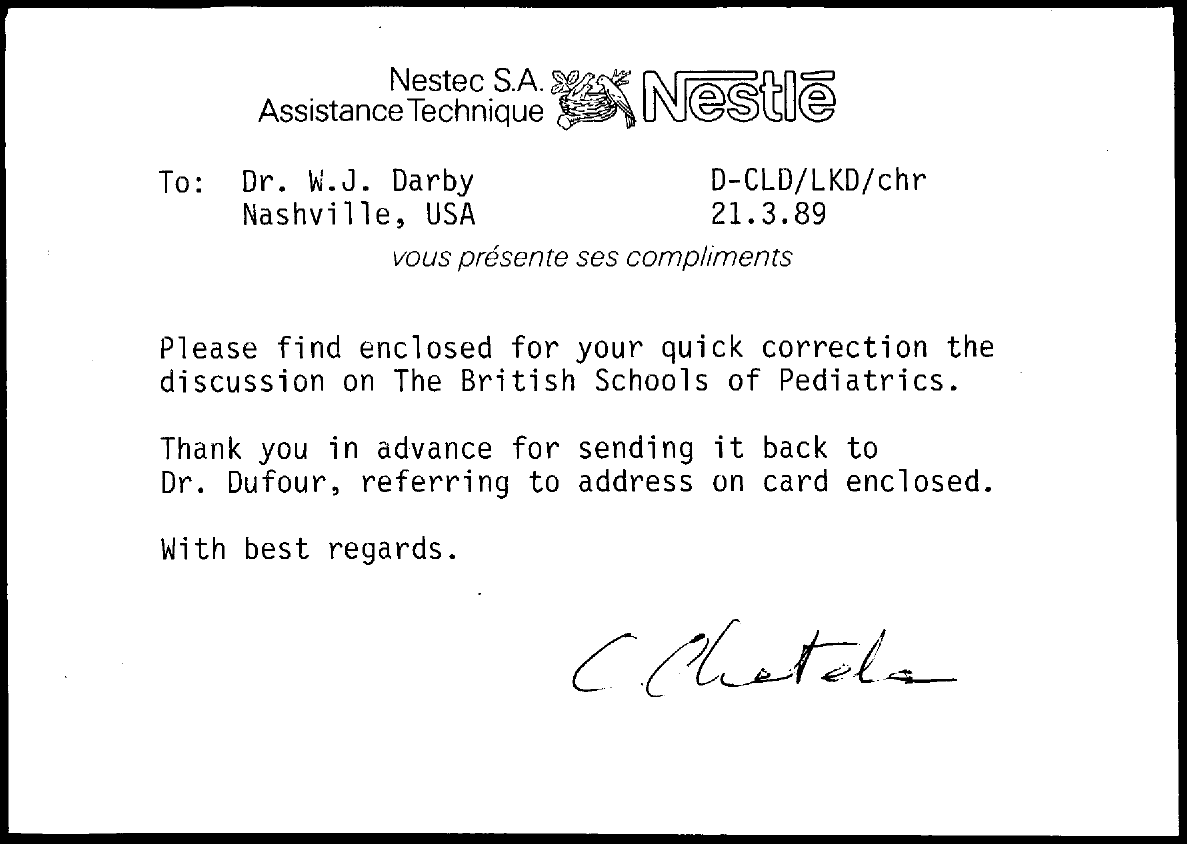
Nestec S.A. SoBote
     Assistance Technique
     Nestlé
     To: Dr. W.J. Darby    D-CLD/LKD/chr
     Nashville, USA    21.3.89
     vous présente ses compliments
     Please find enclosed for your quick correction the
     discussion on The British Schools of Pediatrics.
     Thank you in advance for sending it back to
     Dr. Dufour, referring to address on card enclosed.
     With best regards.
     C.  Chotels